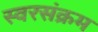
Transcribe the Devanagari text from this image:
स्वरसंक्रम